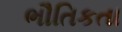
ભૌતિકતા